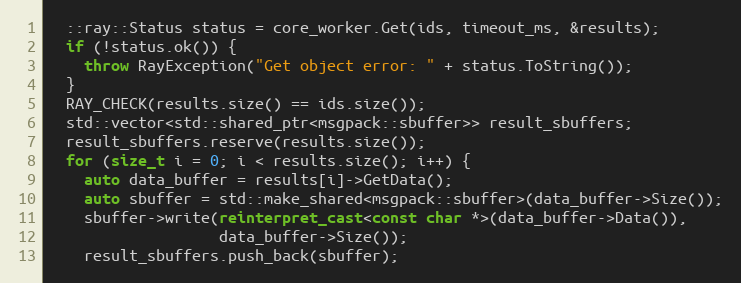
Language: C++
  ::ray::Status status = core_worker.Get(ids, timeout_ms, &results);
  if (!status.ok()) {
    throw RayException("Get object error: " + status.ToString());
  }
  RAY_CHECK(results.size() == ids.size());
  std::vector<std::shared_ptr<msgpack::sbuffer>> result_sbuffers;
  result_sbuffers.reserve(results.size());
  for (size_t i = 0; i < results.size(); i++) {
    auto data_buffer = results[i]->GetData();
    auto sbuffer = std::make_shared<msgpack::sbuffer>(data_buffer->Size());
    sbuffer->write(reinterpret_cast<const char *>(data_buffer->Data()),
                   data_buffer->Size());
    result_sbuffers.push_back(sbuffer);